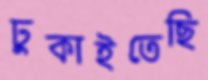
ঢুকাইতেছি